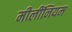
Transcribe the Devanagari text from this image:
मीलींनियम